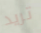
تريد